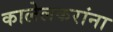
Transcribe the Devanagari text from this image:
कालेलकरांना